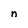
Character: n